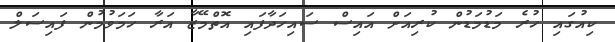
ކިއުގައި ހުރެ މަޑުމަޑުން ކުރިއަށް އައިސް ސައިހަދާފައި އޮތްމޭޒާ އަރާ ހަމަވުމުން ފައިސަލް